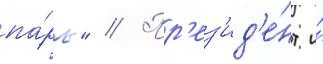
па́ры" // Пр'ез'ид'е́нт и́